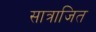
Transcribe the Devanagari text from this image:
सात्राजित